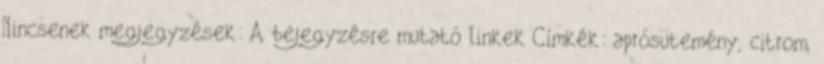
Nincsenek megjegyzések: A bejegyzésre mutató linkek Címkék: aprósütemény, citrom,